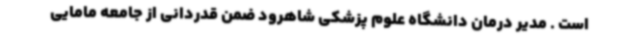
است . مدیر درمان دانشگاه علوم پزشکی شاهرود ضمن قدردانی از جامعه مامایی